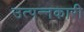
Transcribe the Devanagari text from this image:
उत्पन्नकारी